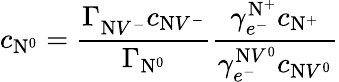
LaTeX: c_{\mathrm{N}^{0}}=\frac{\Gamma_{\mathrm{N}V^{-}}^{}c_{\mathrm{N}V^{-}}}{\Gamma_{\mathrm{N}^{0}}}\frac{\gamma_{e^{-}}^{\mathrm{N}^{+}}c_{\mathrm{N}^{+}}}{\gamma_{e^{-}}^{\mathrm{N}V^{0}}c_{\mathrm{N}V^{0}}}